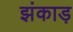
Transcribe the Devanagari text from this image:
झंकाड़